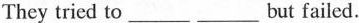
They tried to ___ ___ but failed.